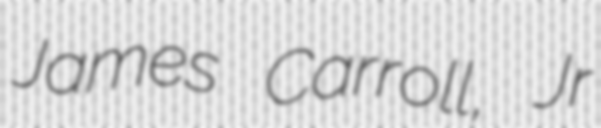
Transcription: James Carroll, Jr